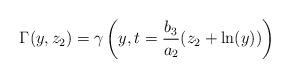
LaTeX: \begin{align*}\Gamma(y,z_2)=\gamma\left(y,t=\frac{b_3}{a_2}(z_2+\ln(y))\right)\end{align*}